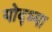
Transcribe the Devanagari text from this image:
योद्ध्या